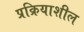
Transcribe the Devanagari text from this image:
प्रक्रियाशील